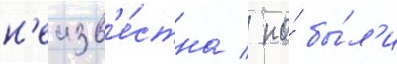
н'еизв'е́стна / но́ бы́л'и